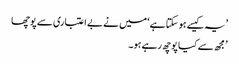
’ یہ کیسے ہو سکتا ہے ‘ میں نے بے اعتباری سے پوچھا
’ مجھ سے کیا پوچھ رہے ہو۔